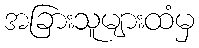
အခြားသူများထံမှ